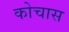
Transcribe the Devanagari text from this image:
कोचास